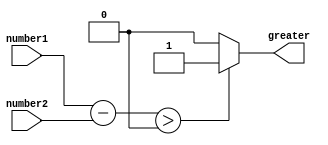
module magnitude_comparator(
    input [7:0] number1,
    input [7:0] number2,
    output reg greater
);

reg [7:0] difference;

always @(*) begin
    difference = number1 - number2;
    
    if (difference > 0) begin
        greater = 1; // number1 is greater than number2
    end else if (difference < 0) begin
        greater = 0; // number1 is less than number2
    end else begin
        greater = 2; // number1 is equal to number2
    end
end

endmodule